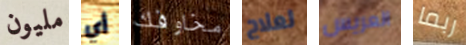
مليون أي مخاوفك لعلاج العريس ربما